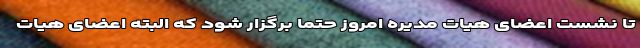
تا نشست اعضای هیات مدیره امروز حتما برگزار شود که البته اعضای هیات